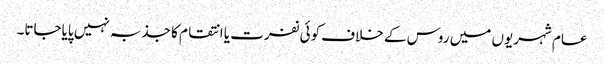
عام شہریوں میں روس کے خلاف کوئی نفرت یا انتقام کا جذبہ نہیں پایاجاتا۔